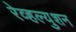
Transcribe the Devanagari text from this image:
रेव्हल्युशन